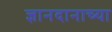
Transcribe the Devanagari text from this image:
ज्ञानदानाच्या